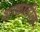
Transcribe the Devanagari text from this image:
शाळातील